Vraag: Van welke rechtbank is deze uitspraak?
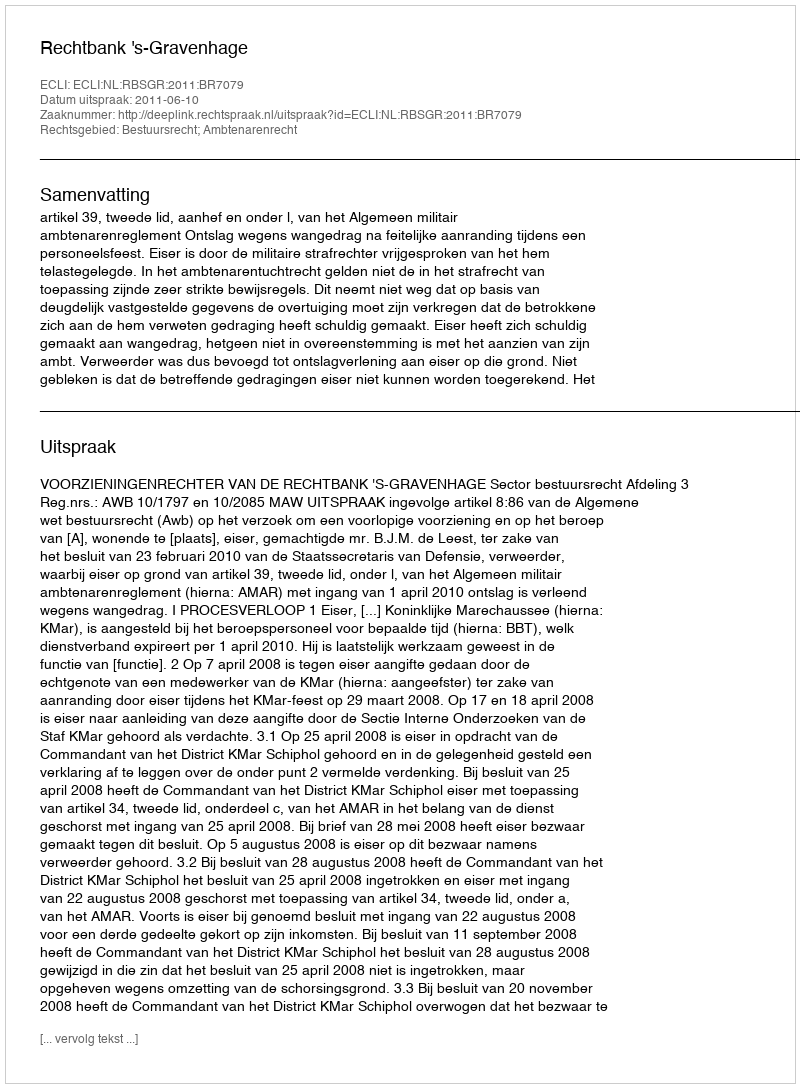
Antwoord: Rechtbank 's-Gravenhage